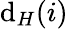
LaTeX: \mathrm{d}_{H}(i)